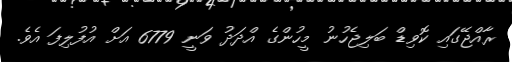
ރާއްޖޭގައި ކޮވިޑް ބަލިޖެހުނު މީހުންގެ އްދަދު ވަނީ 6779 އަށް އުފުލިފަ އެވެ.